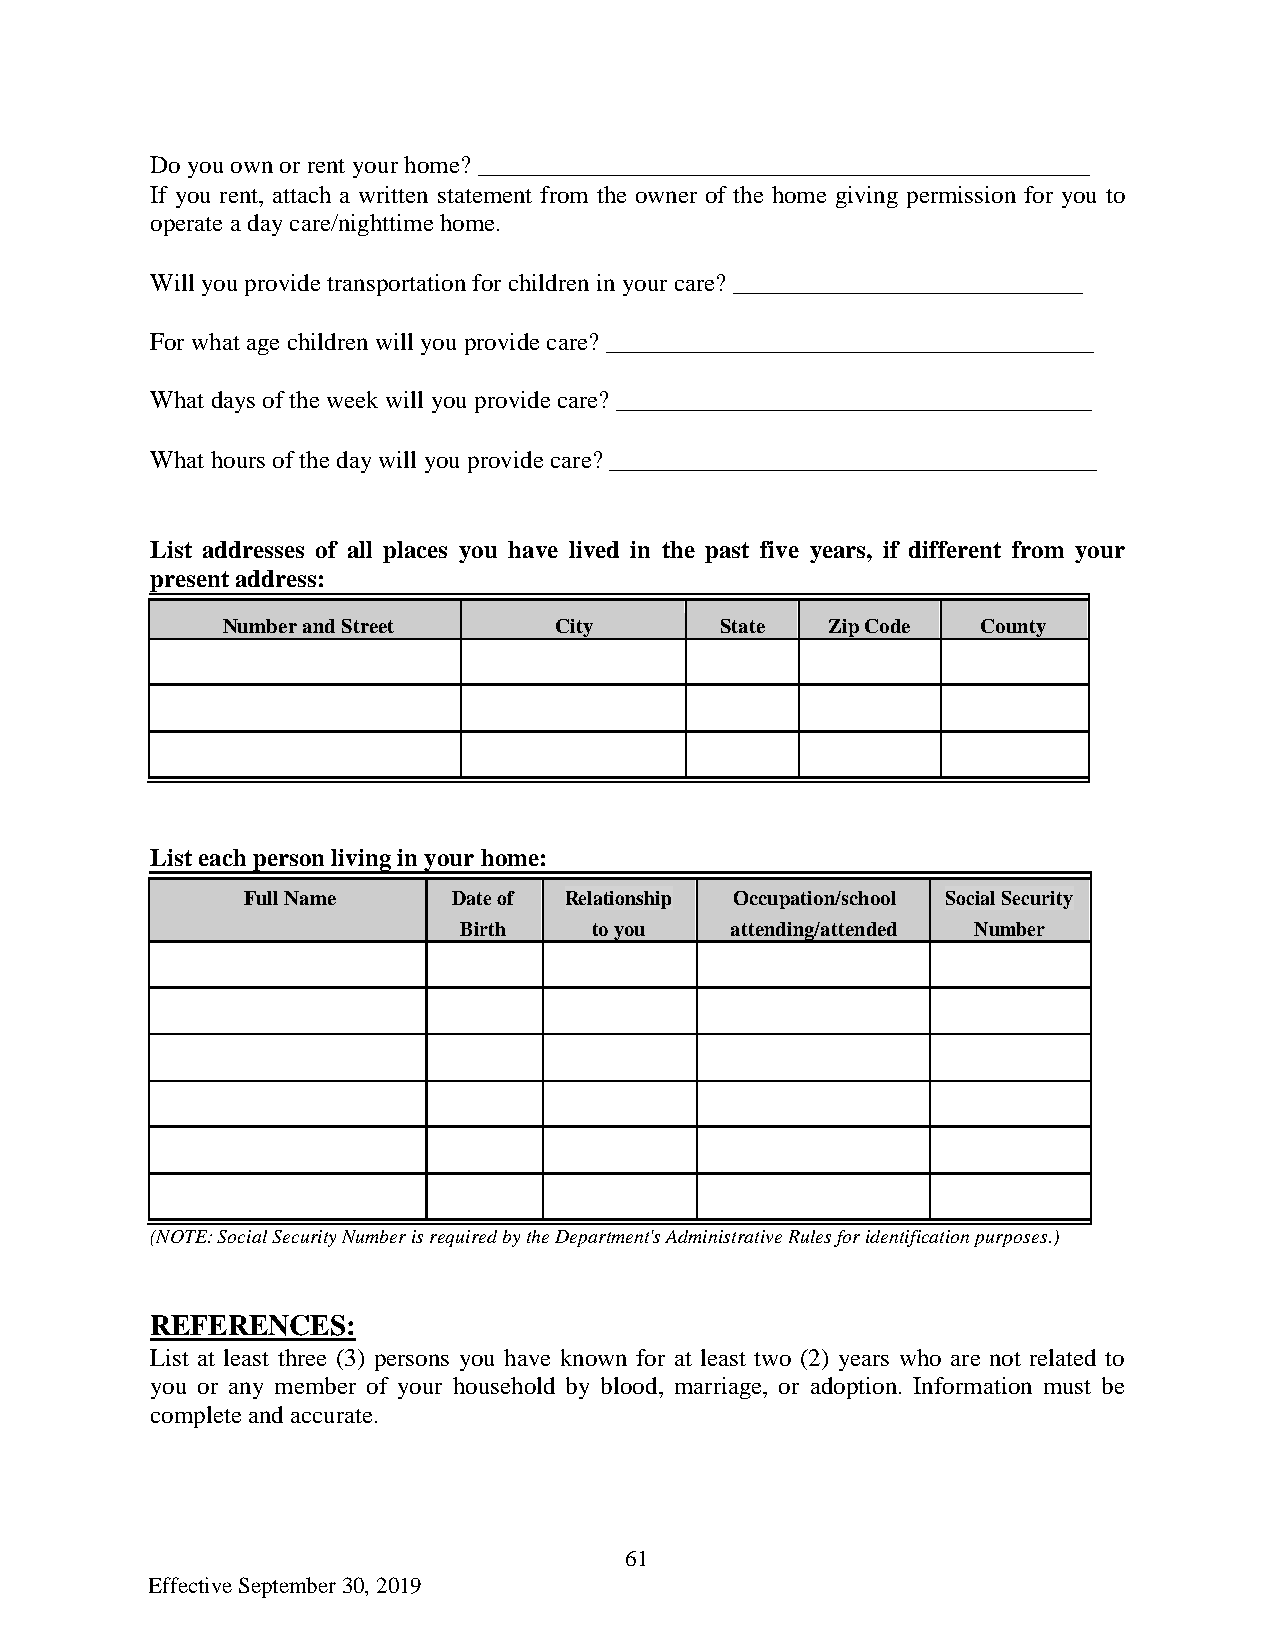
Do you own or rent your home? _________________________________________________
 If you rent, attach a written statement from the owner of the home giving permission for you to
 operate a day care/nighttime home.
 Will you provide transportation for children in your care? ____________________________
 For what age children will you provide care? _______________________________________
 What days of the week will you provide care? ______________________________________
 What hours of the day will you provide care? _______________________________________
 List addresses of all places you have lived in the past five years, if different from your
 present address:
 Number and Street     City       State  Zip Code  County
 List each person living in your home:
 Full Name     Date of Relationship Occupation/school Social Security
 Birth    to you   attending/attended Number
 (NOTE: Social Security Number is required by the Department's Administrative Rules for identification purposes.)
 REFERENCES:
 List at least three (3) persons you have known for at least two (2) years who are not related to
 you or any member of your household by blood, marriage, or adoption. Information must be
 complete and accurate.
 61
 Effective September 30, 2019